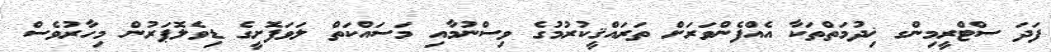
ފަދަ ސްޓްރީމިންގ ޚިދުމަތްތަކާ އެއްފެންވަރަށް ތަރައްޤީކުރުމުގެ ވިސްނުމާއި މަސައްކަތް ލަވަފޮށީގެ ޑިވެލޮޕަރުން މިހާރުވެސް